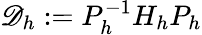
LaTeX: \mathscr{D}_{h}:=P_{h}^{-1}H_{h}P_{h}